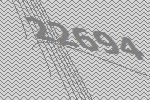
22694